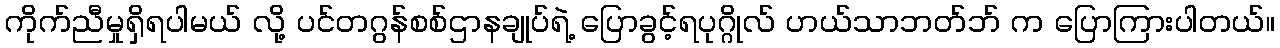
ကိုက်ညီမှုရှိရပါမယ် လို့ ပင်တဂွန်စစ်ဌာနချုပ်ရဲ့ ပြောခွင့်ရပုဂ္ဂိုလ် ဟယ်သာဘတ်ဘ် က ပြောကြားပါတယ်။